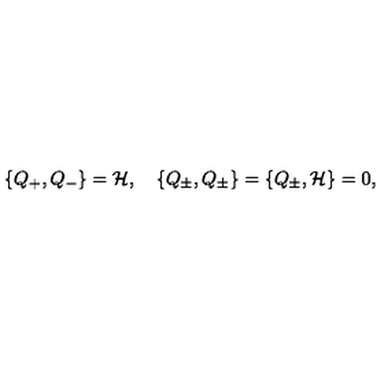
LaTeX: \{ Q _ { + } , Q _ { - } \} = { { \cal H } } , \quad \{ Q _ { \pm } , Q _ { \pm } \} = \{ Q _ { \pm } , { \cal H } \} = 0 ,